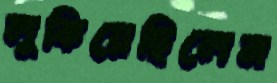
লুকিয়েছিলেম